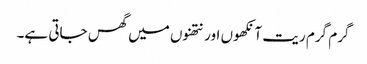
گرم گرم ریت آنکھوں اور نتھنوں میں گھس جاتی ہے۔